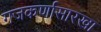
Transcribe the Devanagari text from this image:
गजकर्णासारखा